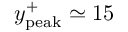
y _ { \mathrm { p e a k } } ^ { + } \simeq 1 5